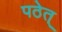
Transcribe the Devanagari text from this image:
पठेत्‌